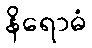
နိရောဓံ